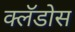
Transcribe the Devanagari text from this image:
क्लॅडोस